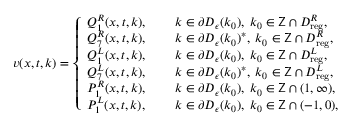
\begin{array} { r } { v ( x , t , k ) = \left\{ \begin{array} { l l } { Q _ { 1 } ^ { R } ( x , t , k ) , \quad \; } & { k \in \partial D _ { \epsilon } ( k _ { 0 } ) , \; k _ { 0 } \in \mathsf { Z } \cap D _ { \mathrm { r e g } } ^ { R } , } \\ { Q _ { 7 } ^ { R } ( x , t , k ) , } & { k \in \partial D _ { \epsilon } ( k _ { 0 } ) ^ { * } , \; k _ { 0 } \in \mathsf { Z } \cap D _ { \mathrm { r e g } } ^ { R } , } \\ { Q _ { 1 } ^ { L } ( x , t , k ) , } & { k \in \partial D _ { \epsilon } ( k _ { 0 } ) , \; k _ { 0 } \in \mathsf { Z } \cap D _ { \mathrm { r e g } } ^ { L } , } \\ { Q _ { 7 } ^ { L } ( x , t , k ) , } & { k \in \partial D _ { \epsilon } ( k _ { 0 } ) ^ { * } , \; k _ { 0 } \in \mathsf { Z } \cap D _ { \mathrm { r e g } } ^ { L } , } \\ { P _ { 1 } ^ { R } ( x , t , k ) , } & { k \in \partial D _ { \epsilon } ( k _ { 0 } ) , \; k _ { 0 } \in \mathsf { Z } \cap ( 1 , \infty ) , } \\ { P _ { 1 } ^ { L } ( x , t , k ) , } & { k \in \partial D _ { \epsilon } ( k _ { 0 } ) , \; k _ { 0 } \in \mathsf { Z } \cap ( - 1 , 0 ) , } \end{array} \right. } \end{array}